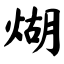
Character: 煳